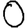
Digit: 0